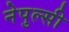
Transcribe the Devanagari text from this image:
नेपुल्सी